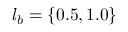
l _ { b } = \{ 0 . 5 , 1 . 0 \}